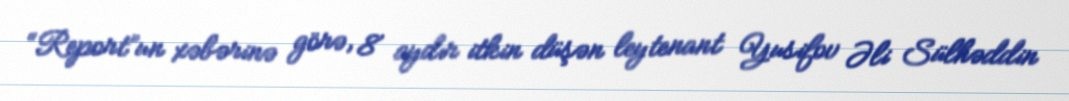
“Report”un xəbərinə görə, 8 aydır itkin düşən leytenant Yusifov Əli Sülhəddin